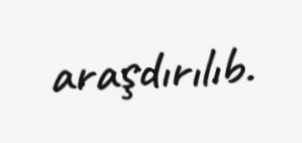
araşdırılıb.